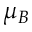
\mu _ { B }